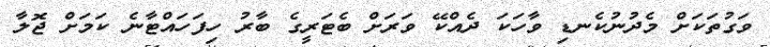
ވަގުތަކަށް މެދުނުކެނޑި ވާހަކަ ދެއްކޭ ވަރަށް ބެޓަރީގެ ބާރު ހިފަހައްޓާނެ ކަމަށް ޖޮލާ